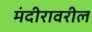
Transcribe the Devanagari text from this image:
मंदीरावरील